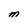
Character: M